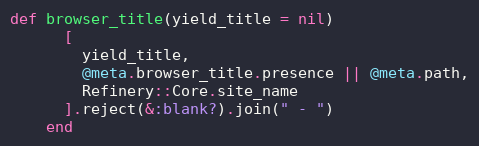
Language: Ruby
def browser_title(yield_title = nil)
      [
        yield_title,
        @meta.browser_title.presence || @meta.path,
        Refinery::Core.site_name
      ].reject(&:blank?).join(" - ")
    end